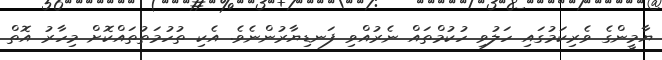
ޔާމީންގެ ވެރިކަމުގައި ހަލުވި ހުކުމްތައް ނެރުއްވި ފަނޑިޔާރުންނެވެ. އެކި ތުހުމަތުތައްކޮށް މިހާރު އޮތް